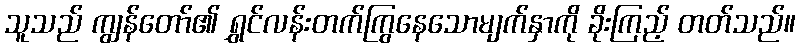
သူသည် ကျွန်တော်၏ ရွှင်လန်းတက်ကြွနေသောမျက်နှာကို ခိုးကြည့် တတ်သည်။